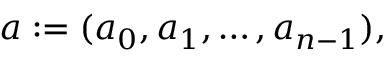
a : = ( a _ { 0 } , a _ { 1 } , \ldots , a _ { n - 1 } ) ,